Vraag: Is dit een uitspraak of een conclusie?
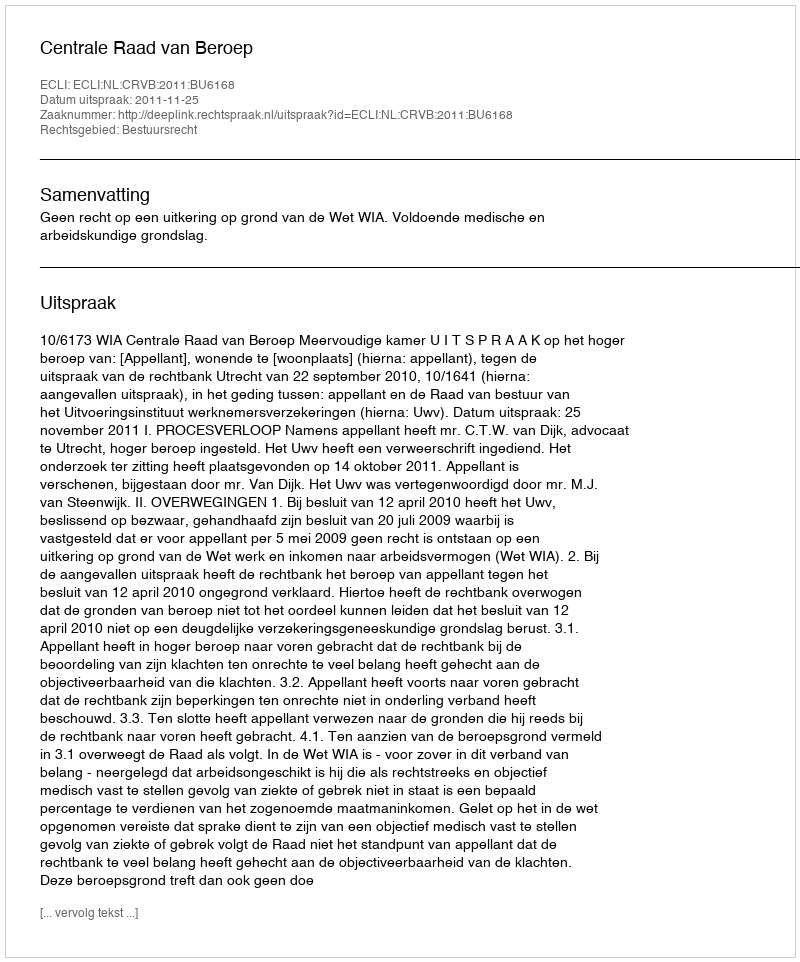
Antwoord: Uitspraak